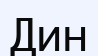
Дин